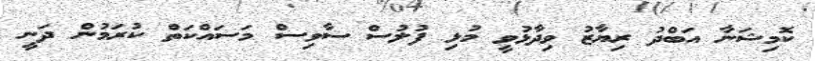
ކޮމިޝަނާ އަބްދު ރިޔާޒު ވިދާޅުވީ މުޅި ފުލުސް ސާވިސް މަސައްކަތް ކުރަމުން ދަނީ